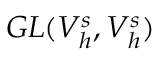
G L ( V _ { h } ^ { s } , V _ { h } ^ { s } )